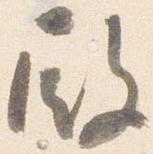
殿